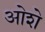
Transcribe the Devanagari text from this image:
ओशे